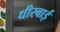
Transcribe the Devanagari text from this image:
धीरबाई